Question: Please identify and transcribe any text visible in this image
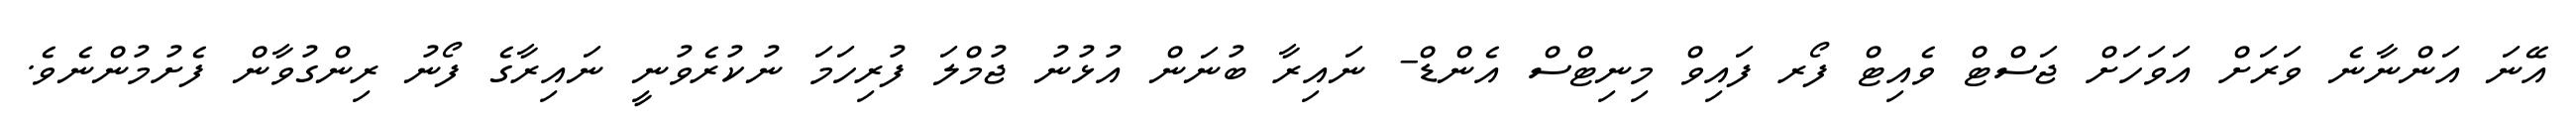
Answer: އޭނަ އަންނާނެ ވަރަށް އަވަހަށް ޖަސްޓް ވެއިޓް ފޯރ ފައިވް މިނިޓްސް އެންޑް- ނައިރާ ބުނަން އުޅުނު ޖުމްލަ ފުރިހަމަ ނުކުރެވުނީ ނައިރާގެ ފޯނު ރިންގުވާން ފެށުމުންނެވެ.